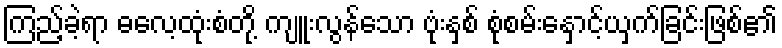
ကြည့်ခဲ့ရာ ဓလေ့ထုံးစံတို့ ကျူးလွန်သော ဗုံးနှစ် စုံစမ်းနှောင့်ယှက်ခြင်းဖြစ်၏